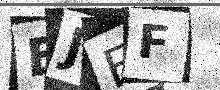
Text: BJFF